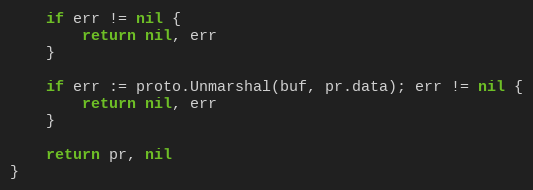
Language: Go
	if err != nil {
		return nil, err
	}

	if err := proto.Unmarshal(buf, pr.data); err != nil {
		return nil, err
	}

	return pr, nil
}